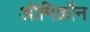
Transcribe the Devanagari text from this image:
ऑमिक्रॉन